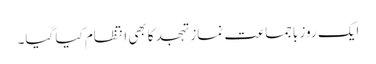
ایک روز باجماعت نماز تہجد کابھی انتظام کیا گیا۔